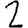
Digit: 2